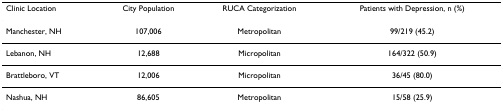
<table><thead><tr><td><b>Clinic Location</b></td><td><b>City Population</b></td><td><b>RUCA Categorization</b></td><td><b>Patients with Depression, n (%)</b></td></tr></thead><tbody><tr><td>Manchester, NH</td><td>107,006</td><td>Metropolitan</td><td>99/219 (45.2)</td></tr><tr><td>Lebanon, NH</td><td>12,688</td><td>Micropolitan</td><td>164/322 (50.9)</td></tr><tr><td>Brattleboro, VT</td><td>12,006</td><td>Micropolitan</td><td>36/45 (80.0)</td></tr><tr><td>Nashua, NH</td><td>86,605</td><td>Metropolitan</td><td>15/58 (25.9)</td></tr></tbody></table>